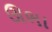
ઊભા